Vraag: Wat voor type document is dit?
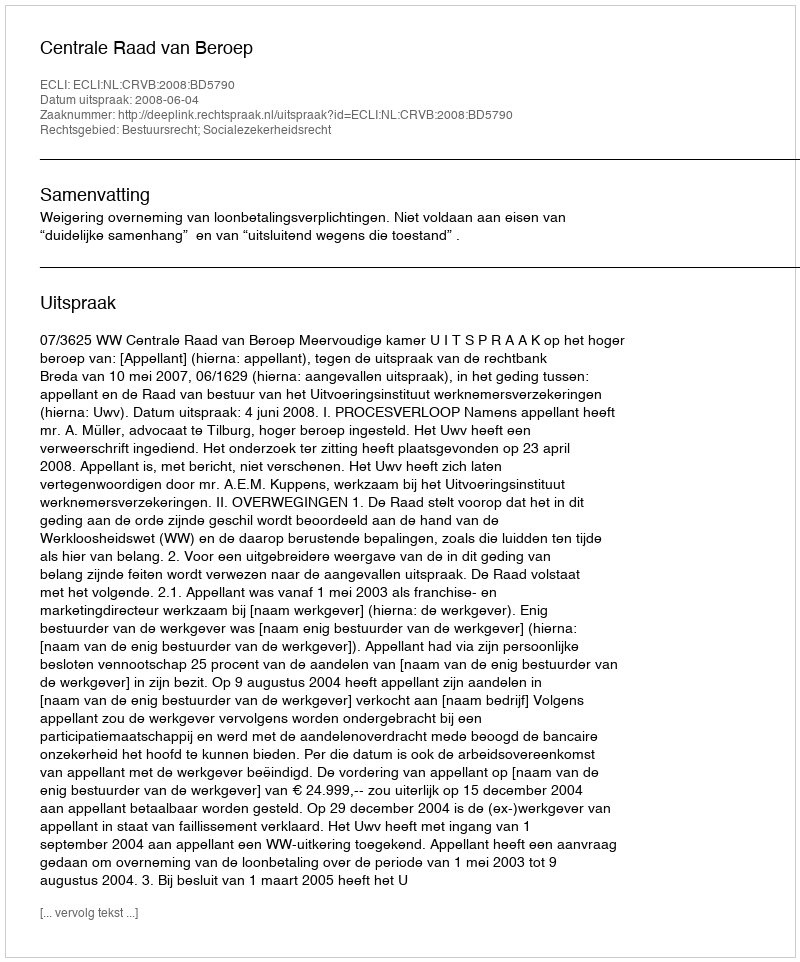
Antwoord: Uitspraak